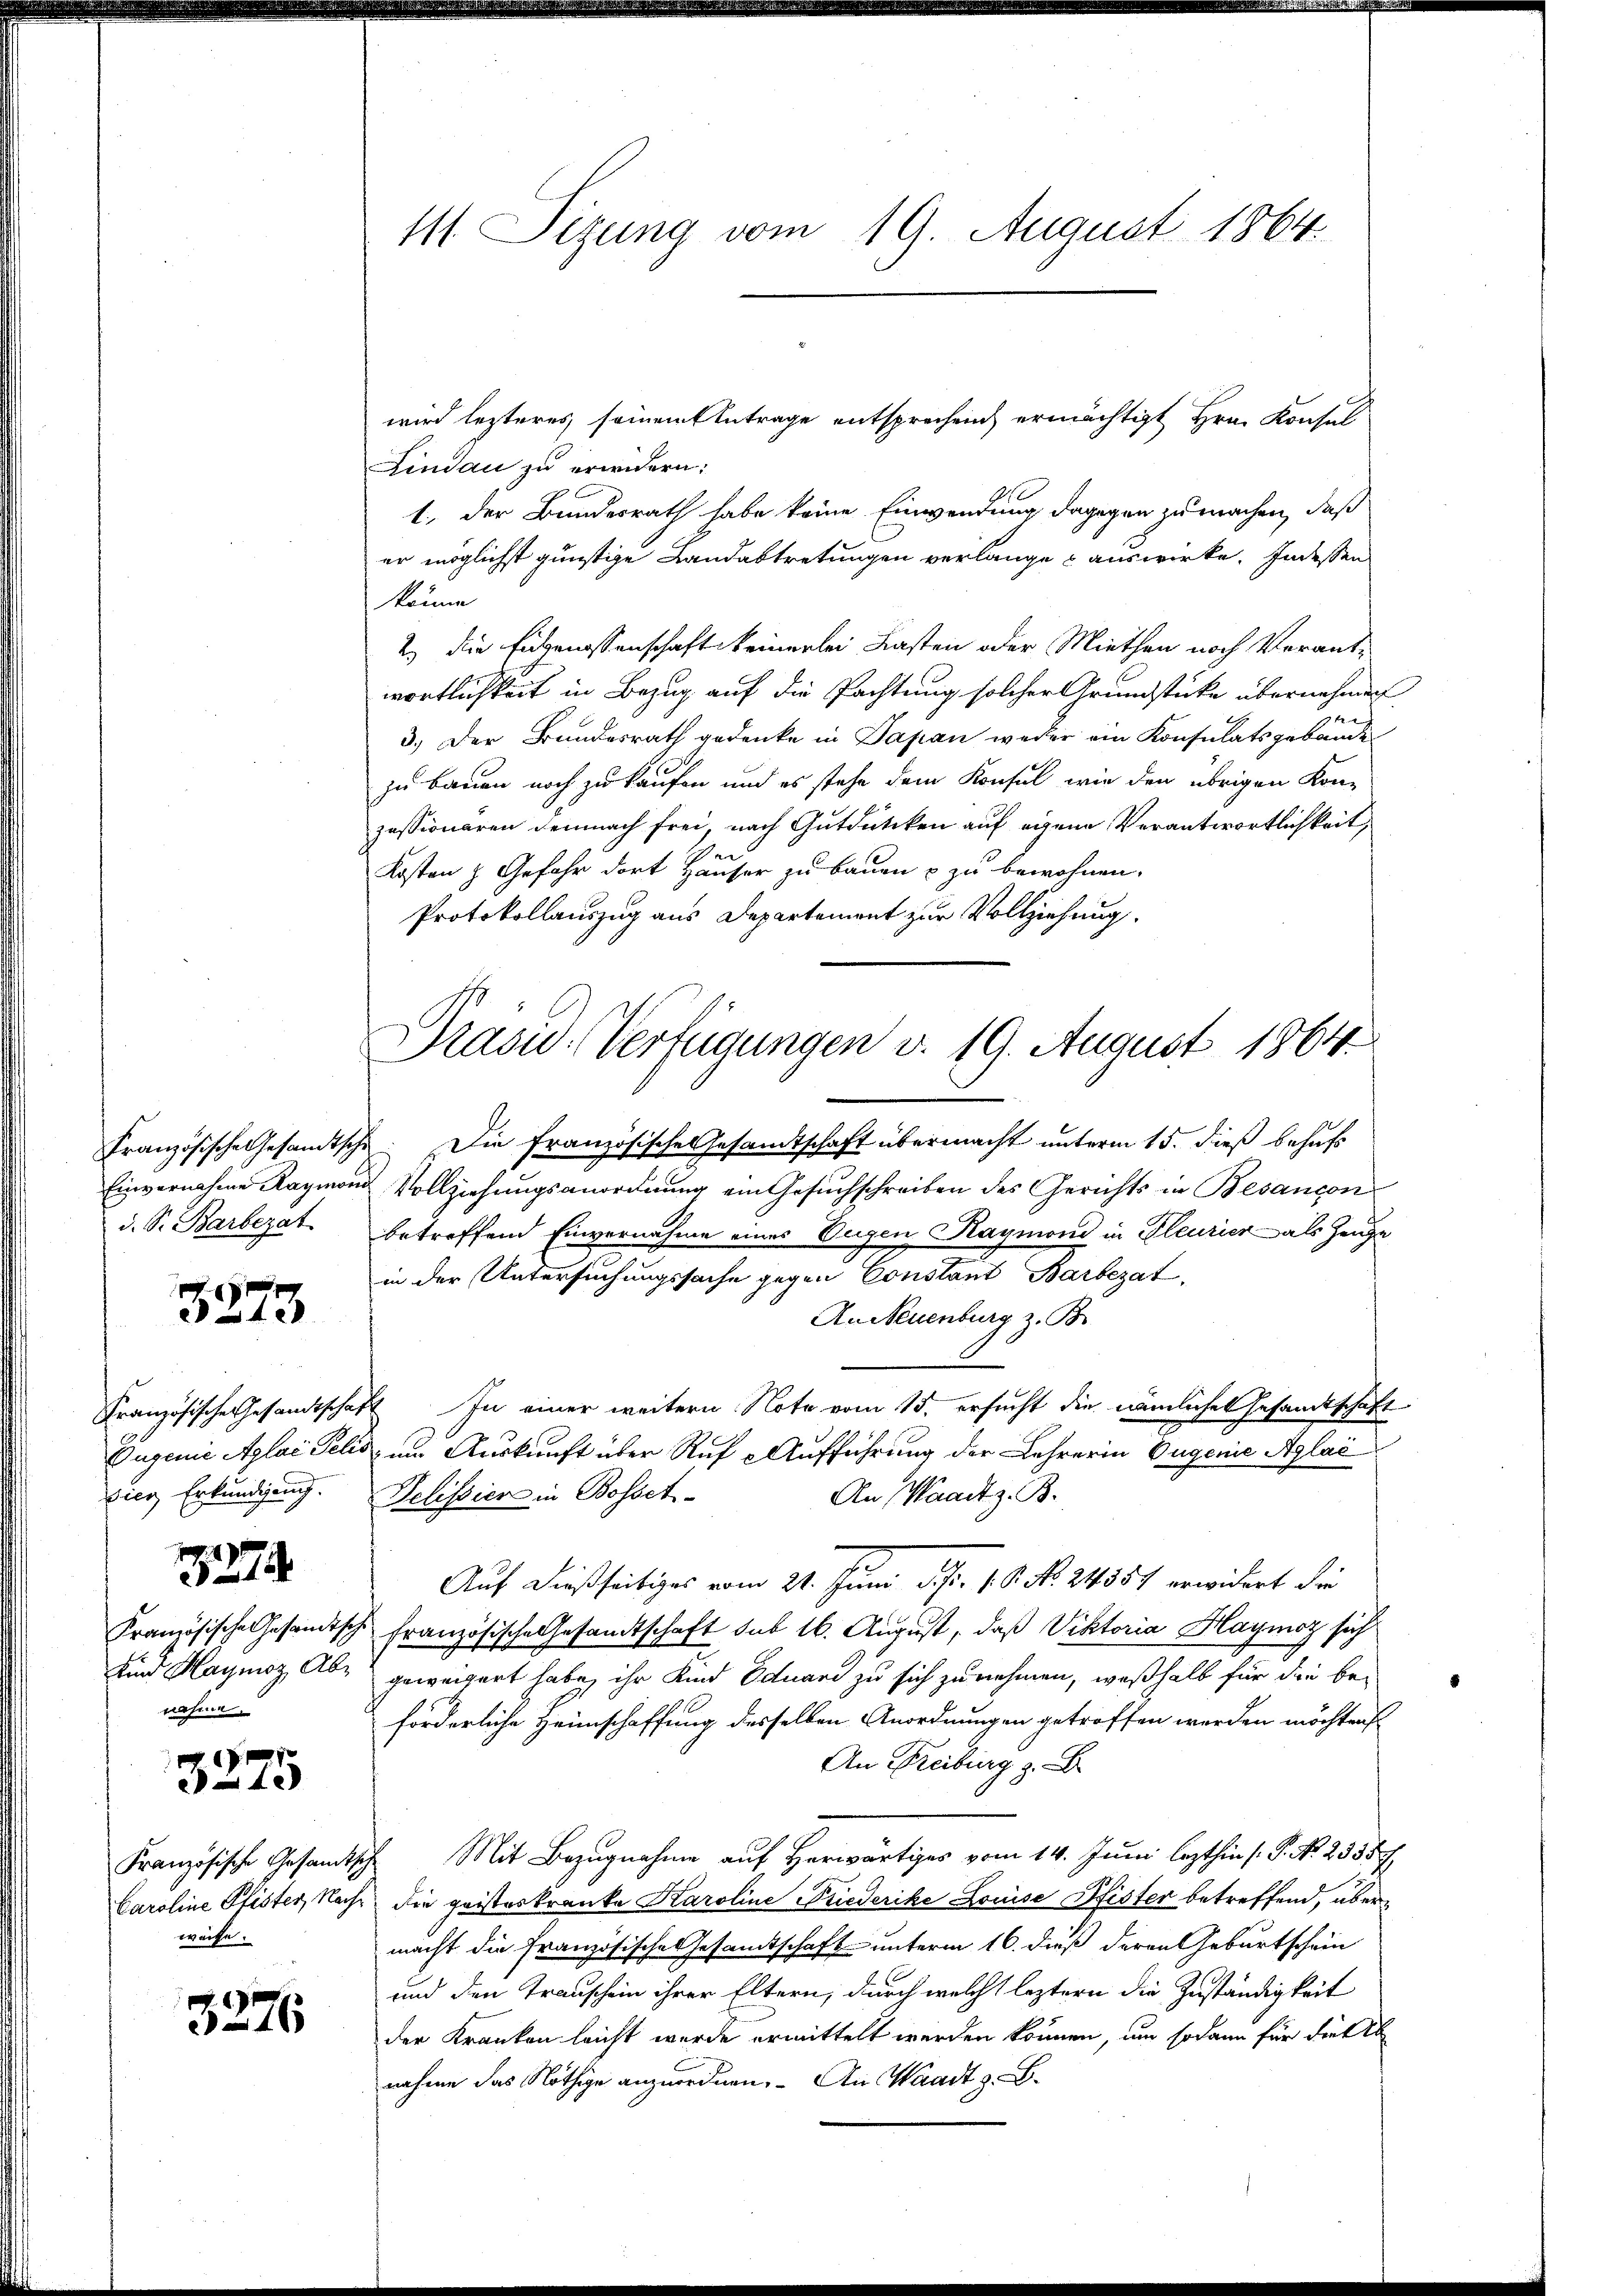
d. S. Barbezat

3273

vier Erkundigung.

127

nahme

.
40

weise.

3276

111. Sitzung vom 19. August 1864

wird lezteres, seinem Antrage entsprechen ermächtigt Hrn. Konsul
Lindau zu erwidern:
1. Der Bundesrath habe keine Einwendung dagegen zu machen, daß
er möglichst günstige Landabtretungen verlange auswirke. Indessen
könne
2.) Die Eigenossenschaft keinerlei Lasten oder Miethen noch Verantwortlichkeit in Bezug auf die Pachtung solcher Grundstücke übernehmen
9te
3.) Der Bundesrath gedenke in Japan weder ein Konsulatsgebäude
zu bauen noch zu kaufen und es stehe dem Konsul wie den übrigen Kon-
zessionaren demnach frei, nach Gutdütiken auf eigene Verantwortlichkeit,
Kosten & Gefahr dort Häuser zu bauen & zu bewohnen.
Protokollauszug aus Departement zur Vollziehung.

Drasu-Verfügungen v. 19. August 1864.

Französische Gesandtsche. Die Französisches Gesandtschaft übermacht unterm 15. dieß behufs
Einvernahme Raymond Vollziehungsanordnung ein Gesuchschreiben des Gerichts in Besancon
betreffend Einvernahme eines Eugen Raymond in Pleurier als Zeuge
in der Untersuchungssache gegen Constant Barbezat
An Neuenburg z. B.
Französische Gesandtschaft In einer weitern Note vom 15. ersucht die nämliches Gesandtschaft
Dugenie Aglai Felis, um Auskunft über Auf Aufführung der Lehrerin Eugenie Aglać
Delissier in Bosset¬
An Waadt z. B.
Auf dießseitiges vom 21. Juni d. J. 18. No. 24557 erwidert die
französische Gesandtsche französische Gesandtschaft sub 16. August, daß Viktoria Haymoz sich
unnd Haynoz Abs geweigert habe, ihr Kind Eduard zu sich zu nehmen, weßhalb für die beförderliche Heimschaffung desselben Anordnungen getroffen werden möchten
An Freiburg z. B
Französische Gesandtsche Mit Bezugnahme auf Herwärtiges vom 14. Juni lezthin (S. No 25357.
Caroline Pfister, Nach die geisteskranke Karoline Friederike Louise Pfister betreffend, übermacht die Französische Gesamtschaft unterm 16. dieß deren Geburtschein
und den Transchein ihrer Eltern, durch welche leztern die Zuständigkeit
der Kranken leicht wurde ermittelt werden können, um sodann für dies eb
nahme das Nöthige anzuordnen. An Waadt z. B.